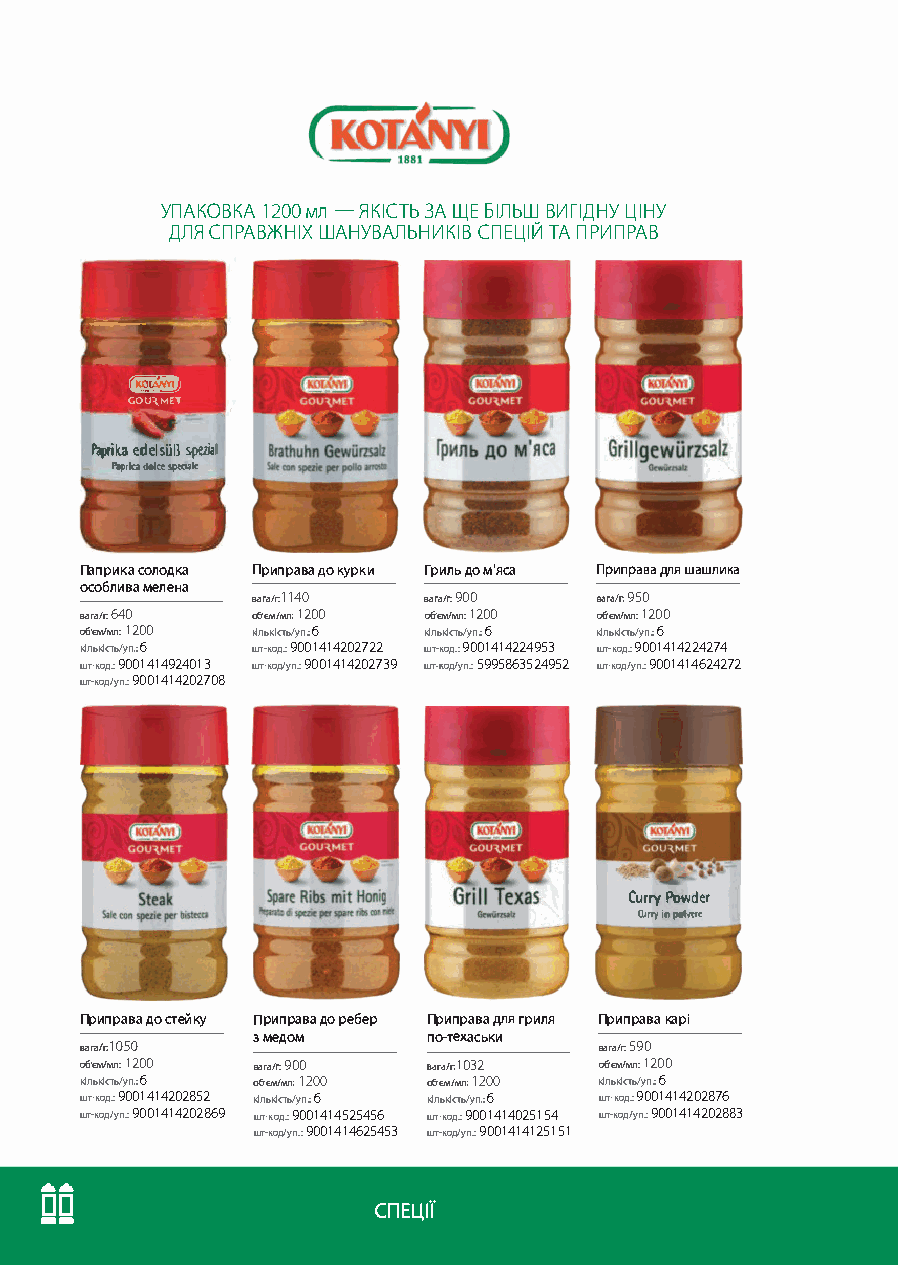
УПАКОВКА 1200 мл -ЯКІСТЬ ЗА ЩЕ БІЛЬШ ВИГІДНУ ЦІНУ
 ДЛЯ СПРАВЖНІХ ШАНУВАЛЬНИКІВ СПЕЦІЙ ТА ПРИПРАВ
 ------·
 .,..
 �І
 GОЩМЕТ
 Paprika edelsiilЗ spclial
 Paprl� cklkt: sрк11І�
 Паприка солодка Приправа до курки Гриль до м'яса Приправа для ша шлика
 особлива мелена
 вага/г: 1140 вага/г: 900 вага/г: 950
 вага/г. 640 об'єм/мл: 12 00 об-єм/мл: 1200 об·єм/мл: 1200
 об·єм/мл: 1200 кількість/уп.: б кількість/уп.: б кількість/уп.: б
 кількість/уп.: б шт-код.: 9001414202722 шт-код.: 9001414224953 шт-код.: 9001414224274
 шт-код.: 9001414924013 шт-код/уп.: 9001414202739 шнод/уп.: 5995863524952 шт-код/уп.: 9001414624272
 шт-код/уп.: 9001414202708
 Curry Powder
 Curry in ромn,
 Приправа до стейку Приправа до ребер Приправа для гриля Приправа карі
 з медом    по-техаськи
 вага/г.1050                        вага/г: 590
 об·єм/мл: 1200 вага/г: 900 вага/r.1032 об·єм/мл: 1200
 кількість/уп.: б об·єм/мл: 1200 об·єм/мл: 1200 кількість/уп.: б
 шт-код.: 9001414202852 кількість/уп.: б кількість/уп.: б шт-код.: 9001414202876
 шт-код/уп.: 9001414202869 шт-код.: 9001414525456 шт-код.: 9001414025154 шт-код/уп.: 9001414202883
 шт-код/уп.: 900141462545 3 шт-код/уп.: 90014141 2 51 51
 ....
 □-□-
 СПЕЦІЇ